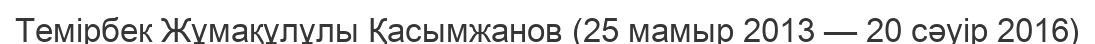
Темірбек Жұмақұлұлы Қасымжанов (25 мамыр 2013 — 20 сәуір 2016)